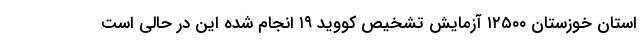
استان خوزستان ۱۲۵۰۰ آزمایش تشخیص کووید ۱۹ انجام شده این در حالی است